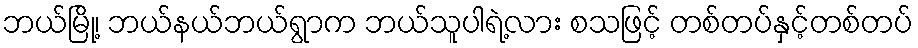
ဘယ်မြို့၊ ဘယ်နယ်ဘယ်ရွာက ဘယ်သူပါရဲ့လား စသဖြင့် တစ်တပ်နှင့်တစ်တပ်